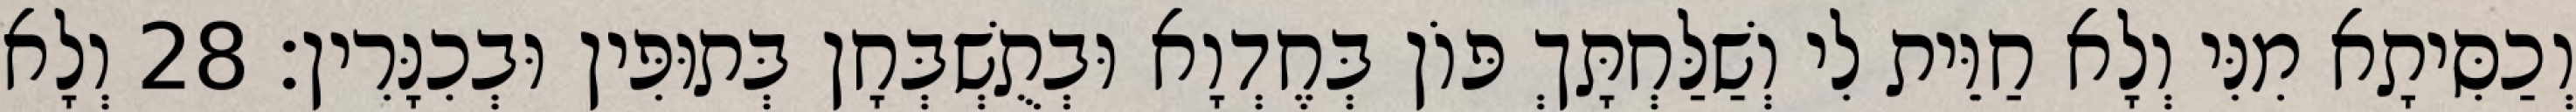
וְכַסִּיתָא מִנִּי וְלָא חַוֵּית לִי וְשַׁלַּחְתָּךְ פּוֹן בְּחֶדְוָא וּבְתֻשְׁבְּחָן בְּתוּפִּין וּבְכִנָּרִין׃ 28 וְלָא